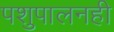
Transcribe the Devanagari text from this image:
पशुपालनही